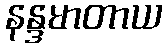
နန္ဒမာတာယ